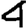
Digit: 4